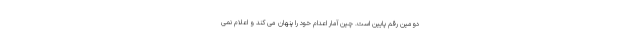
دومین رقم پایین است. چین آمار اعدام خود را پنهان می کند و اعلام نمی